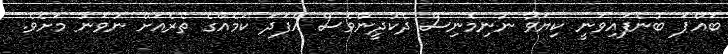
ބައްޕަ ބުނެފައިވަނީ ކިޔަވާ ނުނިމެނިސް ދެކުދީންވެސް އެފަދަ ކަމެއްގެ ތެރެއަށް ނުވަނު މަށެވެ.